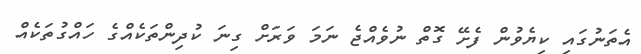
އެތަނުގައި ކިޔެވުން ފެށޭ ގޮތް ނުވެއްޖެ ނަމަ ވަރަށް ގިނަ ކުދިންތަކެއްގެ ހައްގުތަކެއް